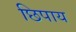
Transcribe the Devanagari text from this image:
छिपाय